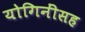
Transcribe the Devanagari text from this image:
योगिनींसह